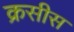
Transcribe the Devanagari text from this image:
क्रसीस